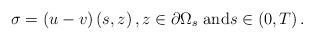
\begin{align*}\sigma =\left(u-v\right)\left(s,z\right),z\in \partial \Omega _{s}\text{ and}s\in \left( 0,T\right) . \end{align*}